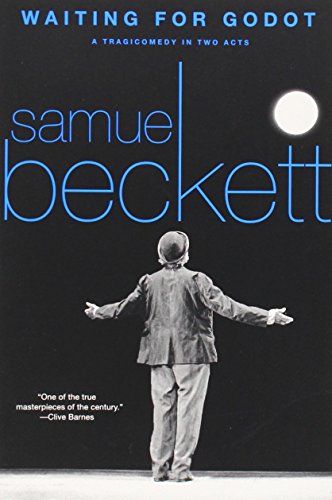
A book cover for Waiting for Godot (Eng rev): A Tragicomedy in Two Acts; Samuel Beckett; Literature & Fiction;